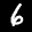
Label: 6